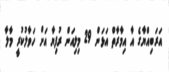
އަރަބިއްޔާގެ އާ އިމާރާތް އަޅަން 29 މިލިއަން ރުފިޔާ އަށް ހަވާލުކުރީ މާލާ